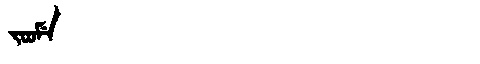
Manchu: ᠵᠣᠣᠮᡝ
Romanization: JOOME